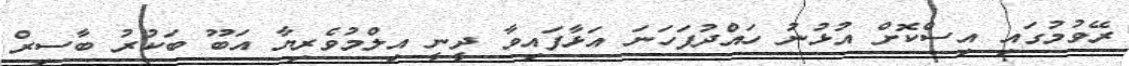
ރޭވުމުގައި އިސްކޮށް އުޅުނު ހައްދުފަހަނަ އަޅާފައިވާ ދީނީ އިލްމުވެރިޔާ އަބޫ ބަކުރު ބާސިރް